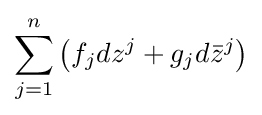
\sum _{j=1}^{n}\left(f_{j}dz^{j}+g_{j}d{\bar {z}}^{j}\right)